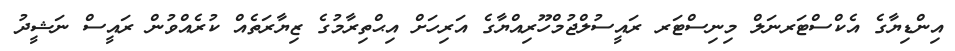
އިންޑިޔާގެ އެކްސްޓަރނަލް މިނިސްޓަރ ރައީސުލްޖުމްހޫރިއްޔާގެ އަރިހަށް އިޙްތިރާމުގެ ޒިޔާރަތެއް ކުރެއްވުން ރައީސް ނަޝީދު